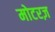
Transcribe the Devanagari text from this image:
मोटरज़